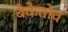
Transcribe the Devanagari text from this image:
बेकेतोव